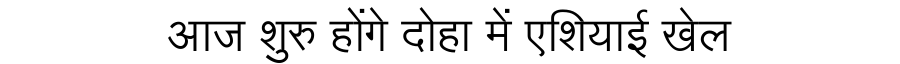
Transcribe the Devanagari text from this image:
आज शुरु होंगे दोहा में एशियाई खेल